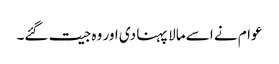
عوام نے اسے مالا پہنا دی اور وہ جیت گئے۔